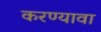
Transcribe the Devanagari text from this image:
करण्यावा